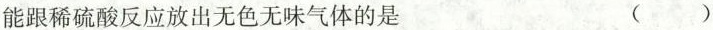
能跟稀硫酸反应放出无色无味气体的是 ()